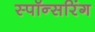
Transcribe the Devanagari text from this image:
स्पॉन्सरिंग